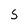
Character: s